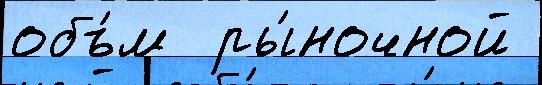
объ́м  ры́ночной